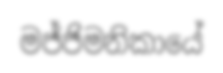
මජ්ජිමනිකායේ